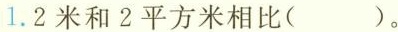
1.2米和2平方米相比( )。